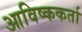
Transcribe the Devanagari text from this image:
आविष्ककर्ता